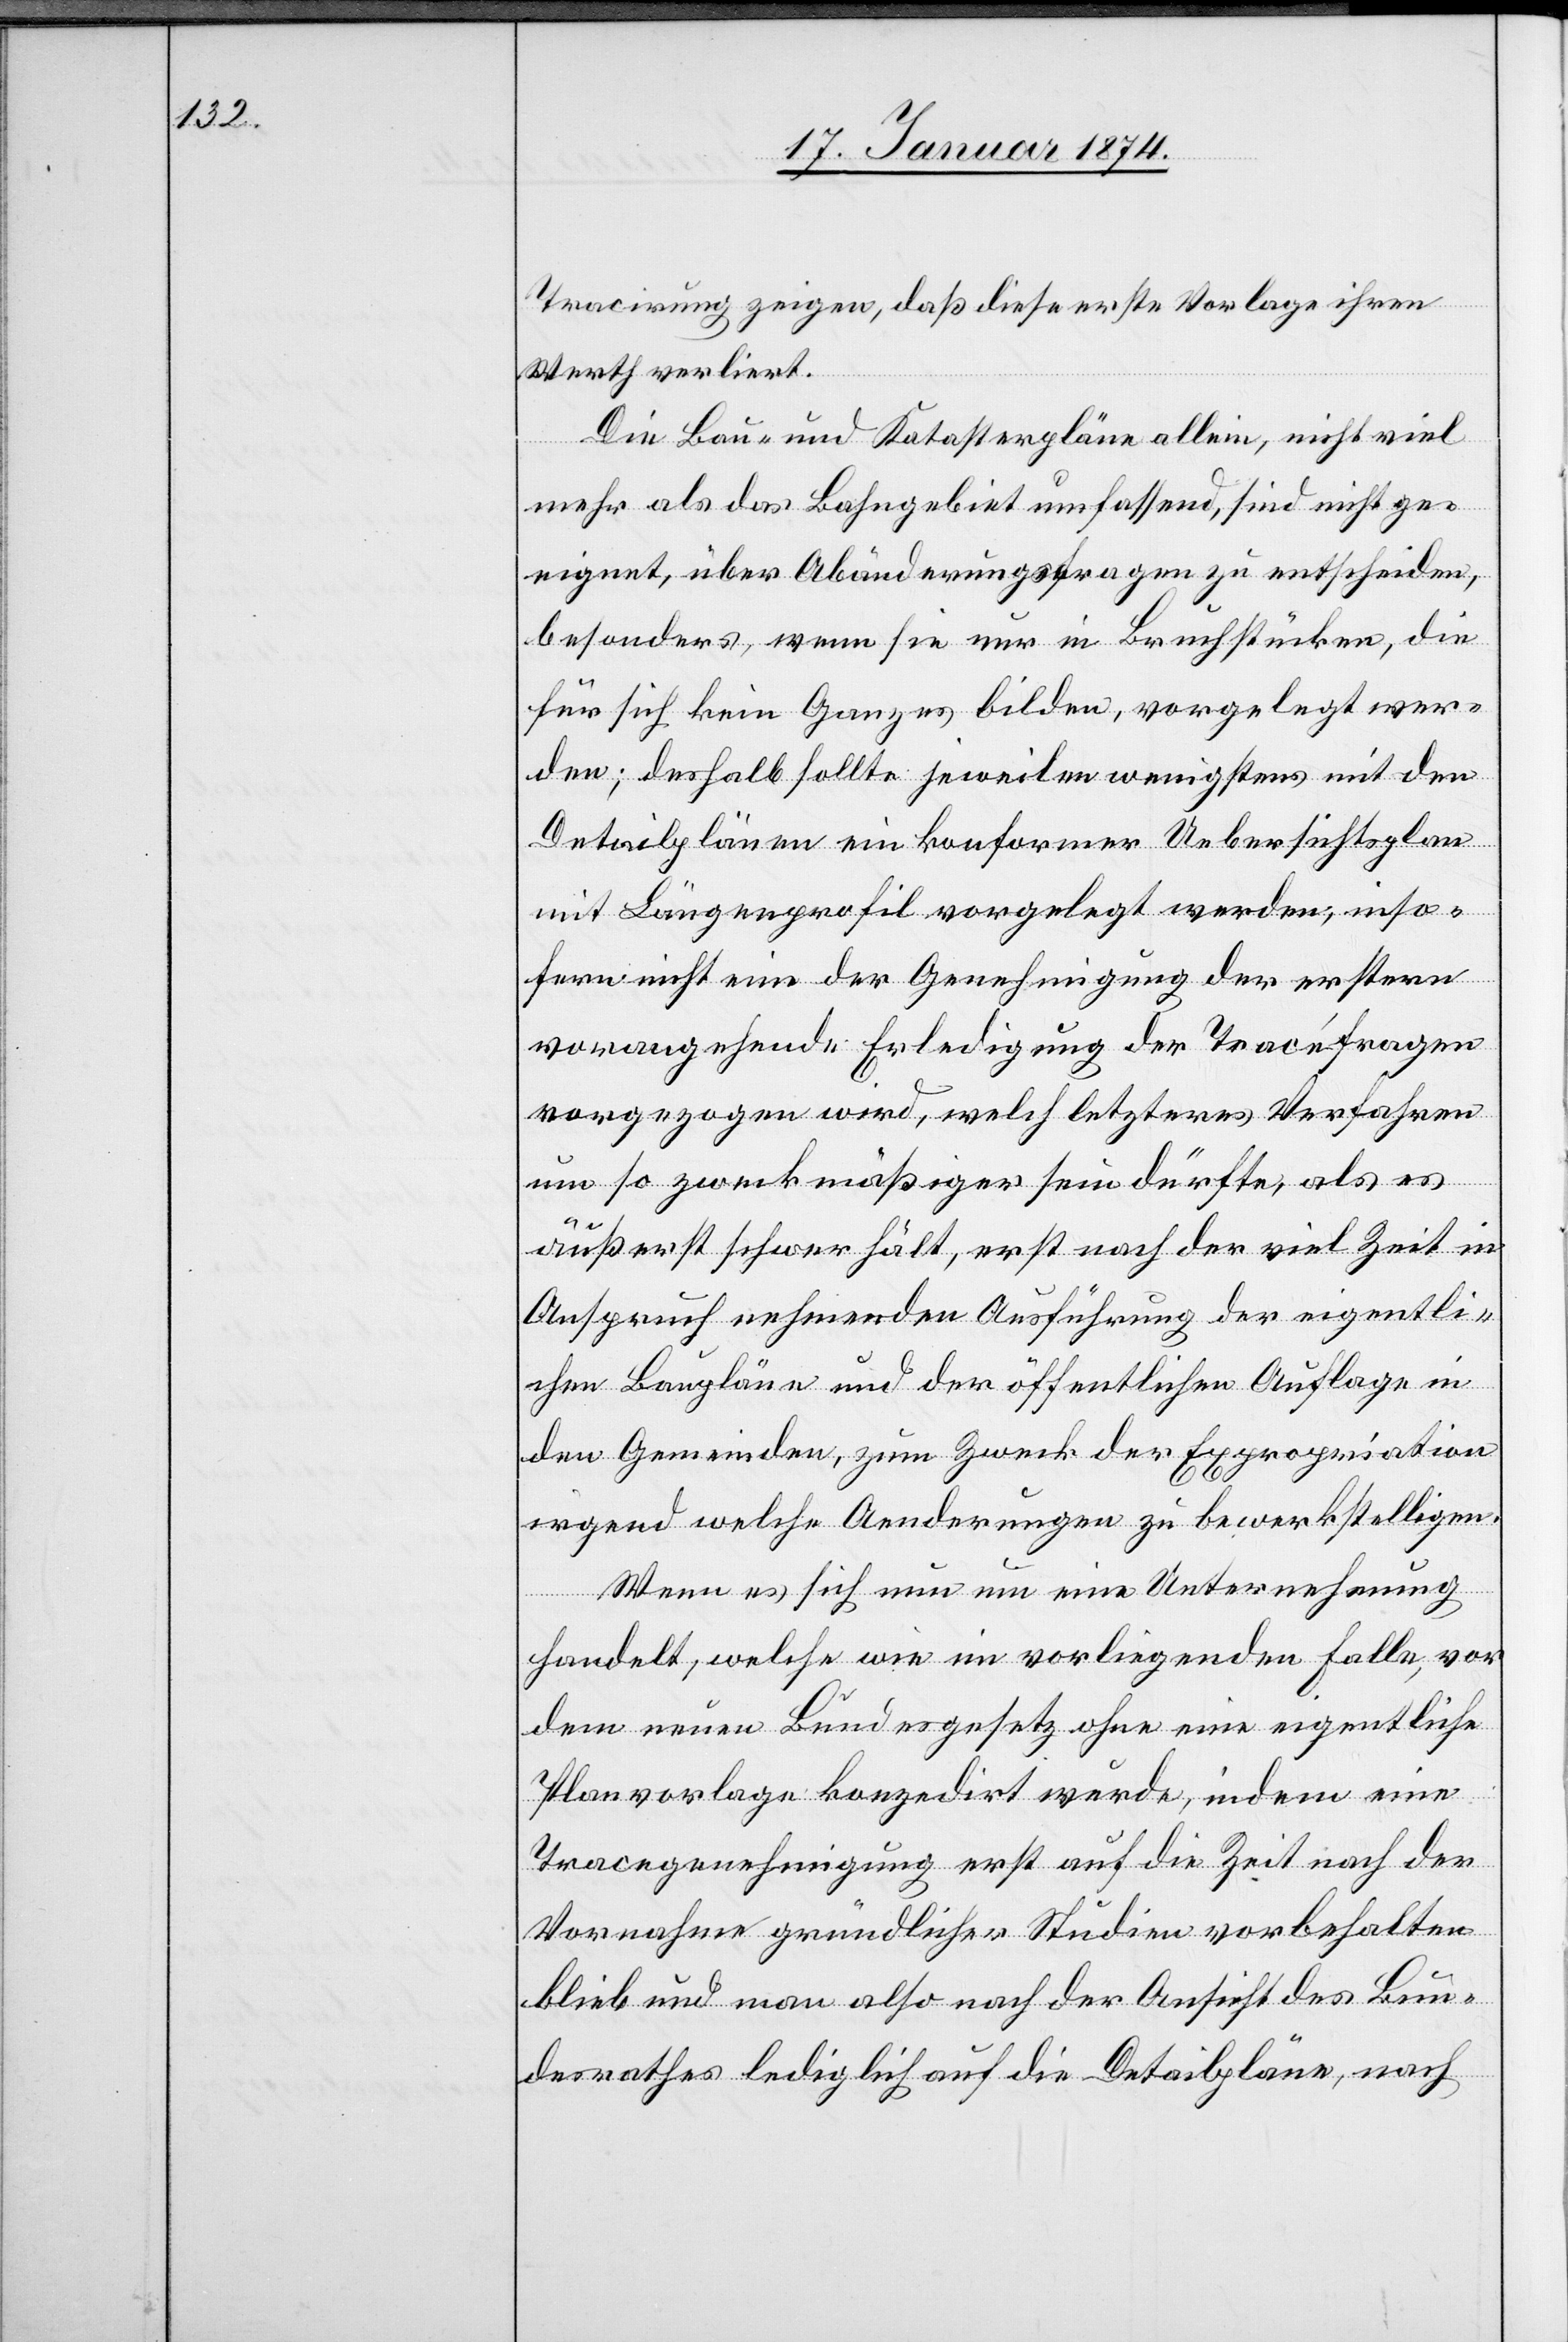
Tracirung zeigen, daß diese erste Vorlage ihren
Werth verliert.
Die Bau- und Katastrenpläne allein, nicht viel
mehr als das Bahngebiet umfassend, sind nicht ge¬
eignet, über Abänderungsfragen zu entscheiden,
besonders, wenn sie nur in Bruchstücken, die
für sich kein Ganzes bilden, vorgelegt wer¬
den; deshalb sollte jeweilen wenigstens mit den
Detailplänen ein konformer Uebersichtsplan
mit Längenprofil vorgelegt werden, inso¬
fern nicht eine der Genehmigung der erstern
vorangehende Erledigung der Tracéfragen
vorgezogen wird, welch letzteres Verfahren
um so zweckmäßiger sein dürfte, als es
äußerst schwer fäl[l]t, erst nach der viel Zeit in
Anspruch nehmenden Ausführung der eigentli¬
chen Baupläne und der öffentlichen Auflage in
den Gemeinden, zum Zweck der Expropriation
irgend welche Aenderungen zu bewerkstelligen.
Wenn es sich nun um eine Unternehmung
handelt, welche wie im vorliegenden Falle, vor
dem neuen Bundesgesetz ohne eine eigentliche
Planvorlage konzedirt wurde, indem eine
Tracegenehmigung erst auf die Zeit nach der
Vornahme gründlicher Studien vorbehalten
blieb und man also nach der Ansicht des Bun¬
desrathes lediglich auf die Detailpläne, nach